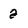
Character: 2